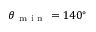
\theta _ { \mathrm { ~ m ~ i ~ n ~ } } = 1 4 0 ^ { \circ }